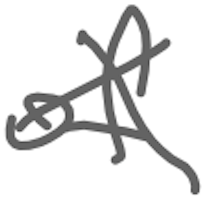
Text: of
Cross-out: cross
Writing tool: digital_gray